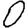
Digit: 0